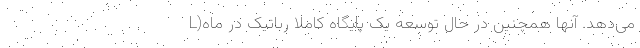
می‌دهد. آنها همچنین در حال توسعه یک پایگاه کاملاً رباتیک در ماه(L